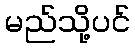
မည်သို့ပင်